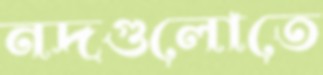
নদগুলোতে